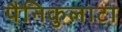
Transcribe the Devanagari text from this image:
पैनिकुलाटा